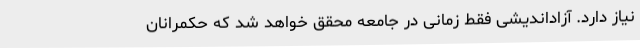
نیاز دارد. آزاداندیشی فقط زمانی در جامعه محقق خواهد شد که حکمرانان